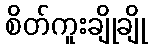
စိတ်ကူးချိုချို